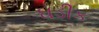
ઘડીક